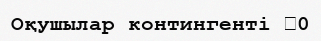
Оқушылар контингенті 	0